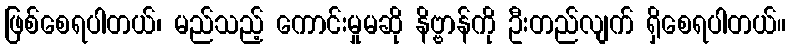
ဖြစ်စေရပါတယ်၊ မည်သည့် ကောင်းမှုမဆို နိဗ္ဗာန်ကို ဦးတည်လျက် ရှိစေရပါတယ်။